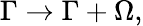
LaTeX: \Gamma\rightarrow\Gamma+\Omega,